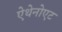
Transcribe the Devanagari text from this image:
ऐथेनोएट